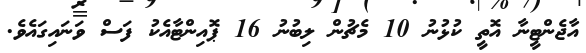
އާޖެންޓީނާ އޮތީ ކުޅުނު 10 މެޗުން ލިބުނު 16 ޕޮއިންޓާއެކު ފަސް ވަނައިގައެވެ.